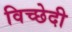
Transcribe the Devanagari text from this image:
विच्छेदी